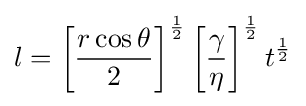
l=\left[{\frac {r\cos \theta }{2}}\right]^{\frac {1}{2}}\left[{\frac {\gamma }{\eta }}\right]^{\frac {1}{2}}t^{\frac {1}{2}}